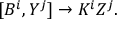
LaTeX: [ B ^ { i } , Y ^ { j } ] \rightarrow K ^ { i } Z ^ { j } .